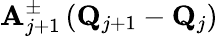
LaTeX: \mathbf{A}_{j+1}^{\pm}\left(\mathbf{Q}_{j+1}-\mathbf{Q}_{j}\right)